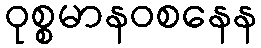
ဝုစ္စမာနဝစနေန